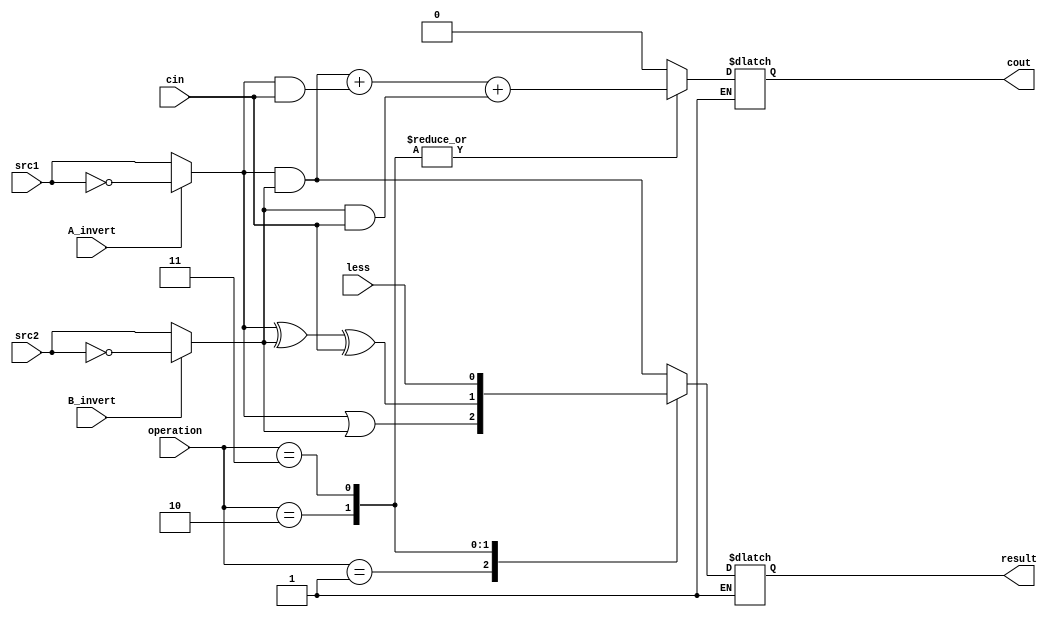
`timescale 1ns/1ps

module alu_top(
            src1, 
            src2,
            less, 
            A_invert,
            B_invert,
            cin,
            operation,
            result,
            cout
            );

input         src1;
input         src2;
input         less;
input         A_invert;
input         B_invert;
input         cin;            
input [2-1:0] operation;

output  reg result;
output  reg cout;

reg s1, s2;
reg done;

always@( * )begin

    done = 0;

    if(done == 0)begin
        if (A_invert) s1 = ~src1;   else s1 = src1;
        if (B_invert) s2 = ~src2;   else s2 = src2;

        case (operation)
            2'b00:begin//and
                result = s1 & s2;
                cout = 0;
                end
            2'b01:begin//or
                result = s1 | s2;
                cout = 0;
                end
            2'b10:begin//add
                result = s1 ^ s2 ^ cin;
                cout = (s1 & s2) + (s1 & cin) + (s2 & cin);
                end
            2'b11:begin//less
                result = less;
                cout = (s1 & s2) + (s1 & cin) + (s2 & cin);
                end
        endcase
        done = 1;
    end
    else begin
        result = result;
        cout = cout;
    end

end

endmodule